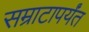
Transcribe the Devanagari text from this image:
सम्राटापर्यंत